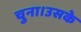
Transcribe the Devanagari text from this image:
चुना।उसके